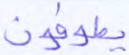
يطوفون